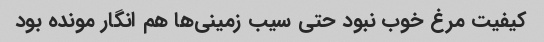
کیفیت مرغ خوب نبود حتی سیب زمینی‌ها هم انگار مونده بود